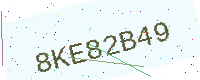
Text: 8KE82B49